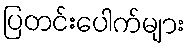
ပြတင်းပေါက်များ